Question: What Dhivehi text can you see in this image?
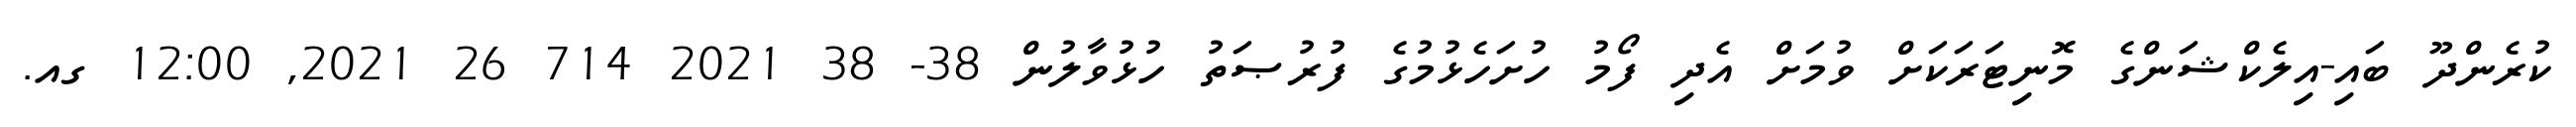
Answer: ކުރެންދޫ ބައި-އިލެކްޝަންގެ މޮނިޓަރަކަށް ވުމަށް އެދި ފޯމު ހުށަހެޅުމުގެ ފުރުޞަތު ހުޅުވާލުން 38- 38 2021 714 26 2021, 12:00 ގއ.